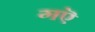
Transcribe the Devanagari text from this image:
गऎ